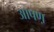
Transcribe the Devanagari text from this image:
आपण़